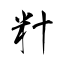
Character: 籵